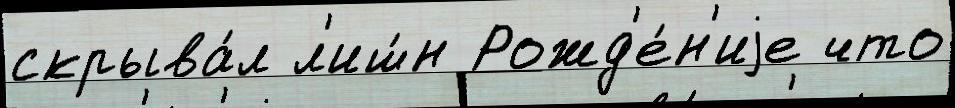
скрыва́л л'иш́н Рожд'е́н'иjе что